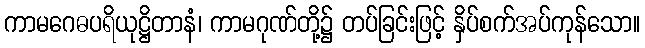
ကာမဂေဓပရိယုဋ္ဌိတာနံ၊ ကာမဂုဏ်တို့၌ တပ်ခြင်းဖြင့် နှိပ်စက်အပ်ကုန်သော။